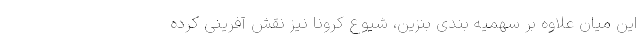
این میان علاوه بر سهمیه بندی بنزین، شیوع کرونا نیز نقش آفرینی کرده